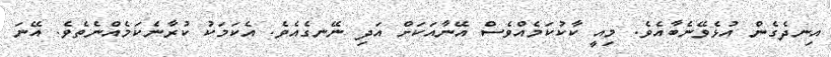
އިނދެގެން އުޅެވޭނެބާއެވެ. މިއީ ކާކުކަމެއްވެސް އޭނާއަކަށް އަދި ނޭނގެއެވެ. އެކަމަކު ކުރާނެކަމެއްނެތެވެ. އޭނަ